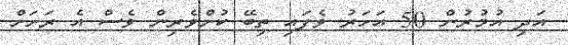
އަދި އުމުރުން 50 އަހަރު ވެފައި ތިބޭ ކުށްވެރިން ވެސް އެ ރަށަށް